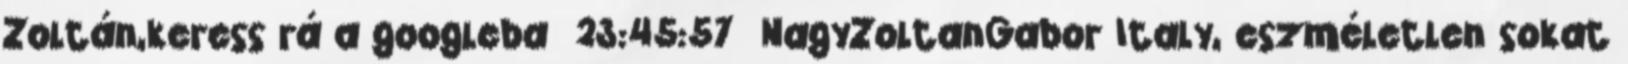
Zoltán,keress rá a googleba 23:45:57 NagyZoltanGabor Italy, eszméletlen sokat